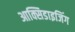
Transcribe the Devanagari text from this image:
आक्सिडाइजिंग